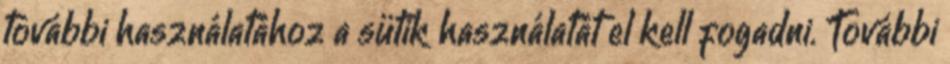
további használatához a sütik használatát el kell fogadni. További